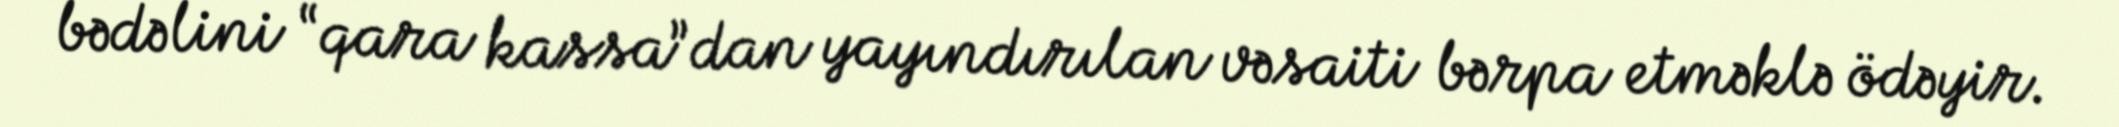
bədəlini “qara kassa”dan yayındırılan vəsaiti bərpa etməklə ödəyir.